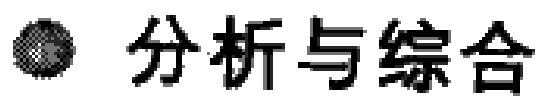
\textbullet 分析与综合